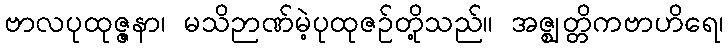
ဗာလပုထုဇ္ဇနာ၊ မသိဉာဏ်မဲ့ပုထုဇဉ်တို့သည်။ အဇ္ဈတ္တိကဗာဟိရေ၊